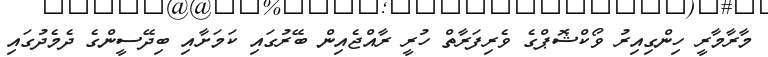
މާރާމާރީ ހިންގިއިރު ވޯކްޝޮޕްގެ ވެރިފަރާތް ހުރީ ރާއްޖެއިން ބޭރުގައި ކަމަށާއި ބިދޭސީންގެ ދެމެދުގައި